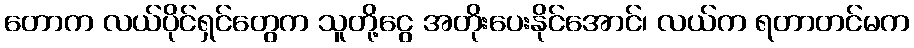
တောက လယ်ပိုင်ရှင်တွေက သူတို့ငွေ အတိုးပေးနိုင်အောင်၊ လယ်က ရတာတင်မက